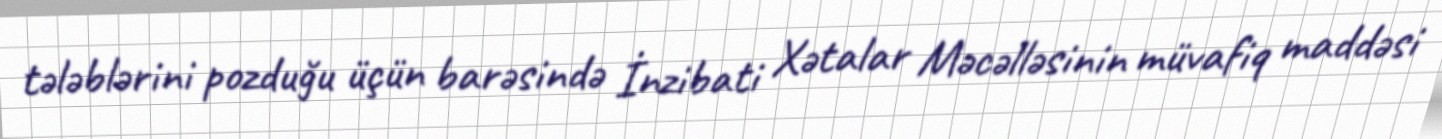
tələblərini pozduğu üçün barəsində İnzibati Xətalar Məcəlləsinin müvafiq maddəsi